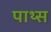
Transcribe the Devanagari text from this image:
पाथ्स